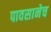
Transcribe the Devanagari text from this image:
पावसानेच